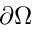
\partial \Omega